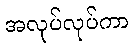
အလုပ်လုပ်ကာ